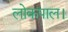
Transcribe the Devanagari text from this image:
लोकपाल।